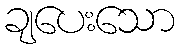
ချပေးသော